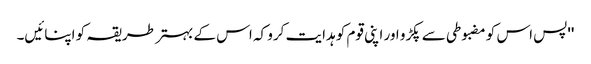
''پس اس کو مضبوطی سے پکڑو اور اپنی قوم کو ہدایت کرو کہ اس کے بہتر طریقہ کو اپنائیں۔